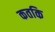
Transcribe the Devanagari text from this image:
कतकि